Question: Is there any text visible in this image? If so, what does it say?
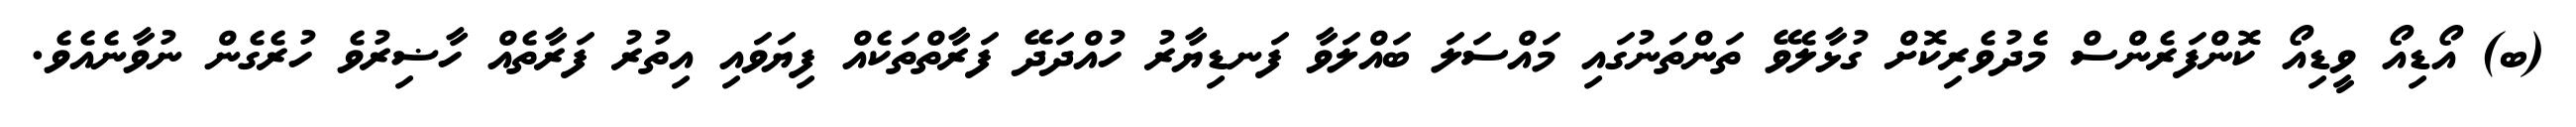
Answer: (ބ) އޯޑިއޯ ވީޑިއޯ ކޮންފަރެންސް މެދުވެރިކޮށް ގުޅާލެވޭ ތަންތަނުގައި މައްސަލަ ބައްލަވާ ފަނޑިޔާރު ހުއްދަދޭ ފަރާތްތަކެއް ފިޔަވައި އިތުރު ފަރާތެއް ހާޟިރުވެ ހުރެގެން ނުވާނެއެވެ.